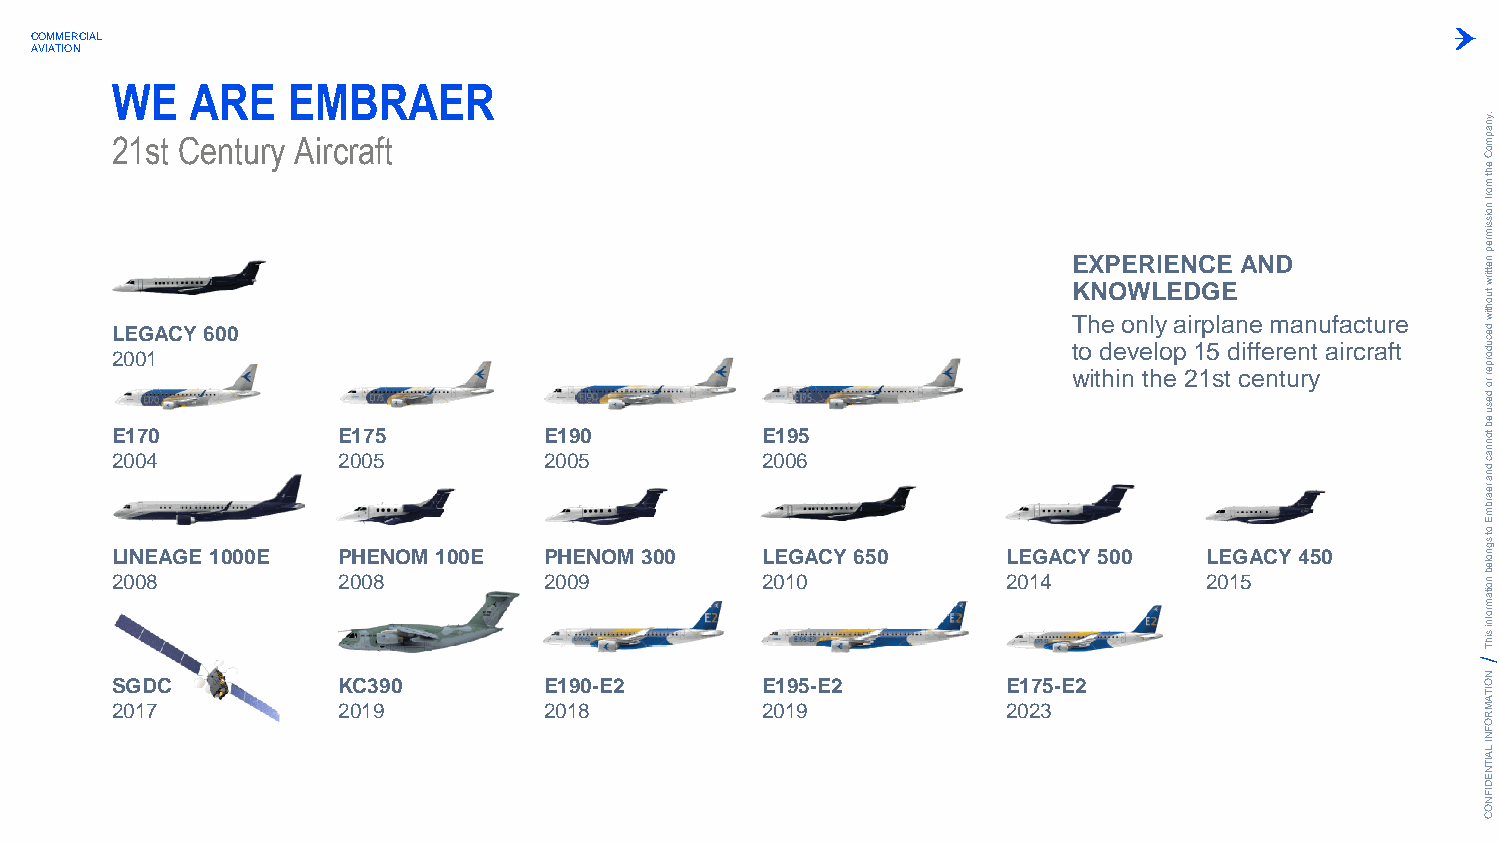
COMMERCIAL
 AVIATION
 WE    ARE   EMBRAER
 21st Century Aircraft
 .ynapm
 oC
 eht
 m
 orf
 noissim
 rep
 L
 2
 E
 20
 0E
 10
 07G
 1
 40ACY 600
 E 201 07 55   E 201 09 50   E 201 09 65
 E
 K
 T
 t
 wohX
 iN
 tde
 hP
 O
 e
 inoE
 W
 v
 nR
 e
 thlL
 lyI
 o
 eE
 E
 pa
 N
 D
 2
 i 1r
 1C
 G
 p
 5
 slE
 E
 a
 td
 n
 cA
 ife
 efN
 e
 nmD
 r te
 ua
 n
 rn ytu af ia rcc rtu ar fe
 t
 nettirw
 tuohtiw
 decudorper
 ro
 desu
 eb
 tonnac
 dna
 rearbm
 E
 L 20IN 0E 8AGE 1000E P 20H 0E 8NOM 100E P 20H 0E 9NOM 300 L 20E 1G 0ACY 650 L 20E 1G 4ACY 500 L 20E 1G 5ACY 450
 ot
 sgnoleb
 noitam
 rofni
 sihT
 SGDC           KC390         E190-E2       E195-E2          E175-E2                        N O
 ITA
 2017           2019          2018          2019             2023                           M
 R
 O
 F
 N
 I LA
 IT
 N
 E
 D
 IF
 N
 O
 C